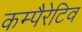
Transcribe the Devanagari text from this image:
कम्पैरेटिव